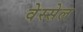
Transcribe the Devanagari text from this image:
वेस्सेल